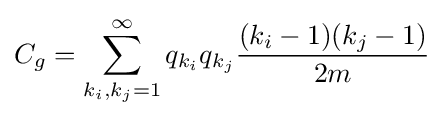
C_{g}=\sum _{k_{i},k_{j}=1}^{\infty }q_{k_{i}}q_{k_{j}}{\frac {(k_{i}-1)(k_{j}-1)}{2m}}